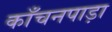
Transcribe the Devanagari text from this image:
काँचनपाड़ा